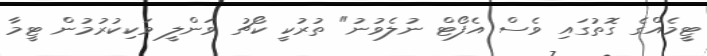
ޓީމެއްގެ ގޮތުގައި ވެސް އެފޯޓް ނުލެވުނު" ތުރުކީ ކޯޗު ވަންލީ ވަކިކުރުމުން ޓީމާ